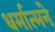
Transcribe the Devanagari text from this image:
धर्मात्मने